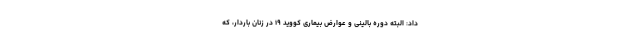
داد: البته دوره بالینی و عوارض بیماری کووید ۱۹ در زنان باردار، که